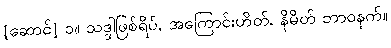
[ဆောင်] ၁။ သဒ္ဒါဖြစ်ရိပ်, အကြောင်းဟိတ်, နိမိတ် ဘာဝနက်။